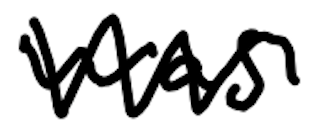
Text: was
Cross-out: zig-zag
Writing tool: digital_black